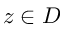
z \in D